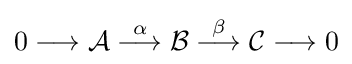
0\longrightarrow {\mathcal {A}}\mathrel {\stackrel {\alpha }{\longrightarrow }} {\mathcal {B}}\mathrel {\stackrel {\beta }{\longrightarrow }} {\mathcal {C}}\longrightarrow 0